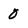
Character: 0